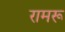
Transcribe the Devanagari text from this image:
रामरू